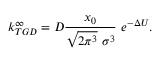
k _ { T G D } ^ { \infty } = D \frac { x _ { 0 } } { \sqrt { 2 \pi ^ { 3 } } \ \sigma ^ { 3 } } \ e ^ { - \Delta U } .